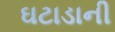
ઘટાડાની